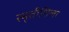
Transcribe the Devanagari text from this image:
स्मृतीशिला